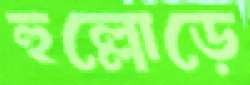
হুল্লোড়ে